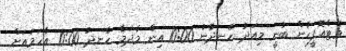
މެޓްއޮފީހުން ބުނީ މިއަދު ހެނދުނު 10:00 އިން މާދަމާ ހެނދު 10:00 އާހަމައަށް